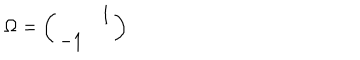
\Omega = \left( \begin{array} { c c } { { } } & { { 1 } } \\ { { - 1 } } & { { } } \\ \end{array} \right)